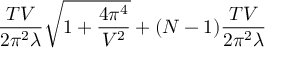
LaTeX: \frac { T V } { 2 \pi ^ { 2 } \lambda } \sqrt { 1 + \frac { 4 \pi ^ { 4 } } { V ^ { 2 } } } + ( N - 1 ) \frac { T V } { 2 \pi ^ { 2 } \lambda }